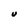
Character: v